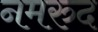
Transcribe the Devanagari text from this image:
नमरुद